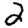
Digit: 2